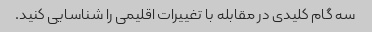
سه گام کلیدی در مقابله با تغییرات اقلیمی را شناسایی کنید.